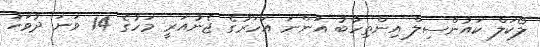
ލޯކަލް ކައުންސިލް އިންތިހާބު އަންނަ އަހަރުގެ ޖެނުއަރީ މަހުގެ 14 ވަނަ ދުވަހު